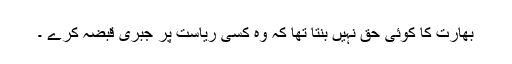
بھارت کا کوئی حق نہیں بنتا تھا کہ وہ کسی ریاست پر جبری قبضہ کرے ۔